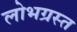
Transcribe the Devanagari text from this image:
लोभग्रस्त